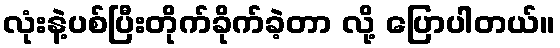
လုံးနဲ့ပစ်ပြီးတိုက်ခိုက်ခဲ့တာ လို့ ပြောပါတယ်။